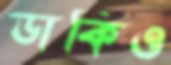
ডাকিও